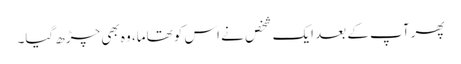
پھر آپ کے بعد ایک شخص نے اس کو تھاما، وہ بھی چڑھ گیا۔